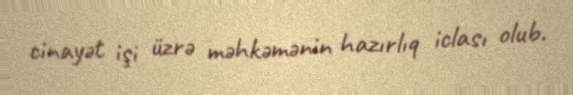
cinayət işi üzrə məhkəmənin hazırlıq iclası olub.